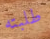
طلبته